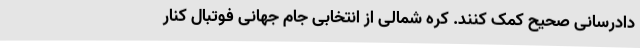
دادرسانی صحیح کمک کنند. کره شمالی از انتخابی جام جهانی فوتبال کنار